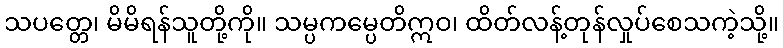
သပတ္တေ၊ မိမိရန်သူတို့ကို။ သမ္ပကမ္ပေတိဣဝ၊ ထိတ်လန့်တုန်လှုပ်စေသကဲ့သို့။